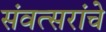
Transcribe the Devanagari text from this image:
संवत्सरांचे